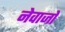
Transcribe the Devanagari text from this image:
नेवाजो